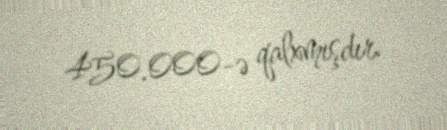
450.000-ə qalxmışdır.